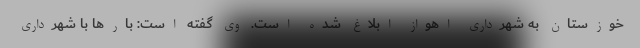
خوزستان به شهرداری اهواز ابلاغ شده است. وی گفته است: بارها با شهرداری